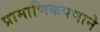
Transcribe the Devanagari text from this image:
प्रामाणिकपणाने